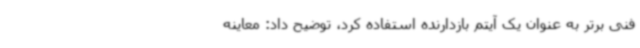
فنی برتر به عنوان یک آیتم بازدارنده استفاده کرد، توضیح داد: معاینه